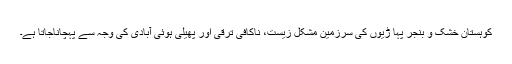
کوہستان خشک و بنجر پہا ڑیوں کى سرزمین مشکل زیست، ناکافى ترقى اور پھیلى ہوئى آبادى کى وجہ سے پہچاناجاتا ہے۔